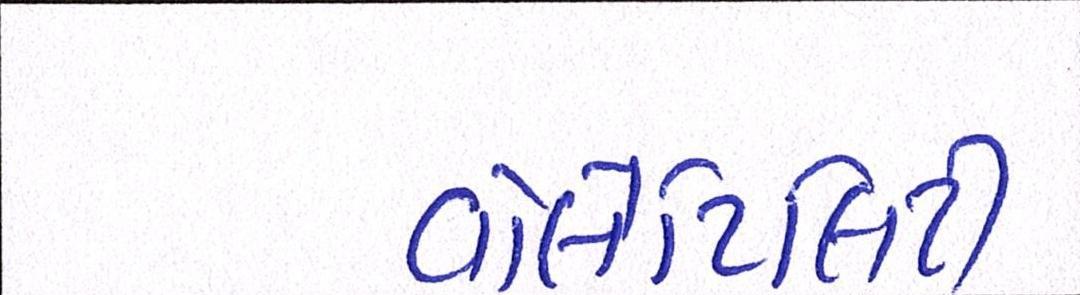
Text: વોલેટિલિટી